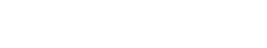
ထမင်းစားခဲ့ကြဖူးတယ် မဟုတ်လား။